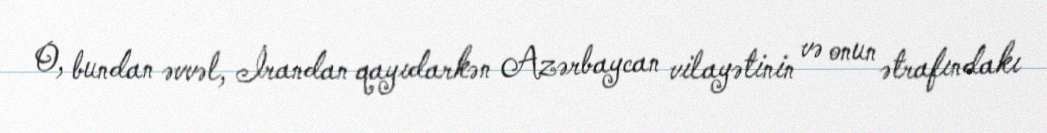
O, bundan əvvəl, İrandan qayıdarkən Azərbaycan vilayətinin və onun ətrafındakı